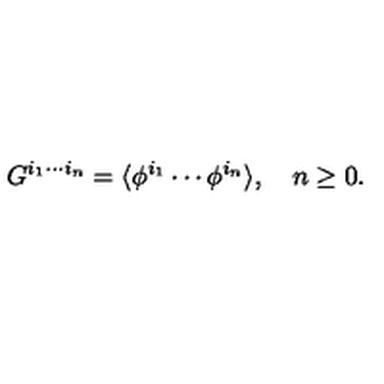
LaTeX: G ^ { i _ { 1 } \cdots i _ { n } } = \langle \phi ^ { i _ { 1 } } \cdots \phi ^ { i _ { n } } \rangle , \quad n \geq 0 .